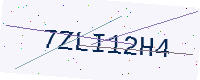
Text: 7ZLI12H4